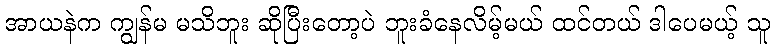
အာယနဲက ကျွန်မ မသိဘူး ဆိုပြီးတော့ပဲ ဘူးခံနေလိမ့်မယ် ထင်တယ် ဒါပေမယ့် သူ